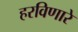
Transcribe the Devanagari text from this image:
हरविणारे